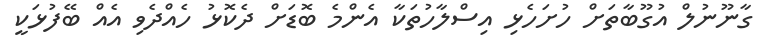
ގާނޫނުލް އުގޫބާތަށް ހުށަހެޅި އިސްލާހުތަކާ އެންމެ ބޮޑަށް ދެެކޮޅު ހެއްދެވި އެއް ބޭފުޅަކީ